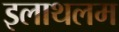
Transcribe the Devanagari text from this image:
इलाथलम